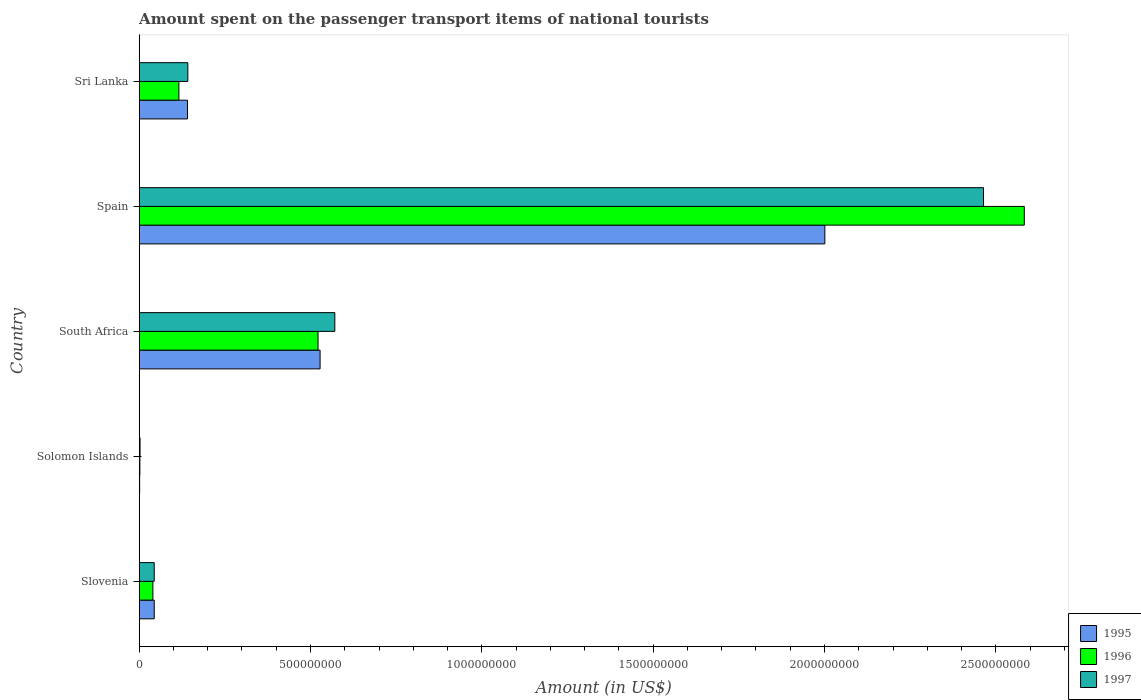
| Country | 1995 | 1996 | 1997 |
 | --- | --- | --- | --- |
 | Slovenia | 4.4e+07 | 4e+07 | 4.4e+07 |
 | Solomon Islands | 1.4e+06 | 2.1e+06 | 2.6e+06 |
 | South Africa | 5.28e+08 | 5.22e+08 | 5.71e+08 |
 | Spain | 2e+09 | 2.58e+09 | 2.46e+09 |
 | Sri Lanka | 1.41e+08 | 1.16e+08 | 1.42e+08 |